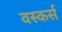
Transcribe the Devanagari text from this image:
वस्कर्स